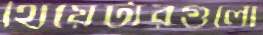
থিয়েটারগুলো